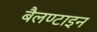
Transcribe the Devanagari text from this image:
बैलण्टाइन